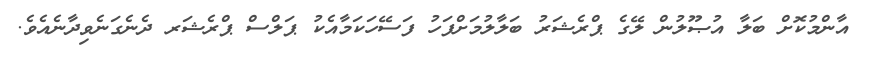
އާންމުކޮށް ބަލާ އުޞޫލުން ލޭގެ ޕްރެޝަރު ބަލާލުމަށްފަހު ފަސޭހަކަމާއެކު ޕަލްސް ޕްރެޝަރ ދެނެގަނެވިދާނެއެވެ.